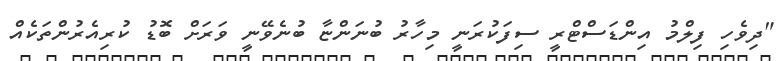
"ދިވެހި ފިލްމު އިންޑަސްޓްރީ ސިފަކުރަނީ މިހާރު ބުނަންޏާ ބުނެވޭނީ ވަރަށް ބޮޑު ކުރިއެރުންތަކެއް